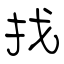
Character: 找